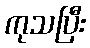
ကုသပြီး